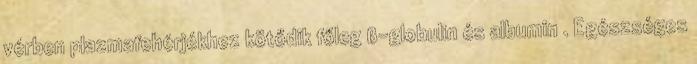
vérben plazmafehérjékhez kötődik főleg ß-globulin és albumin . Egészséges